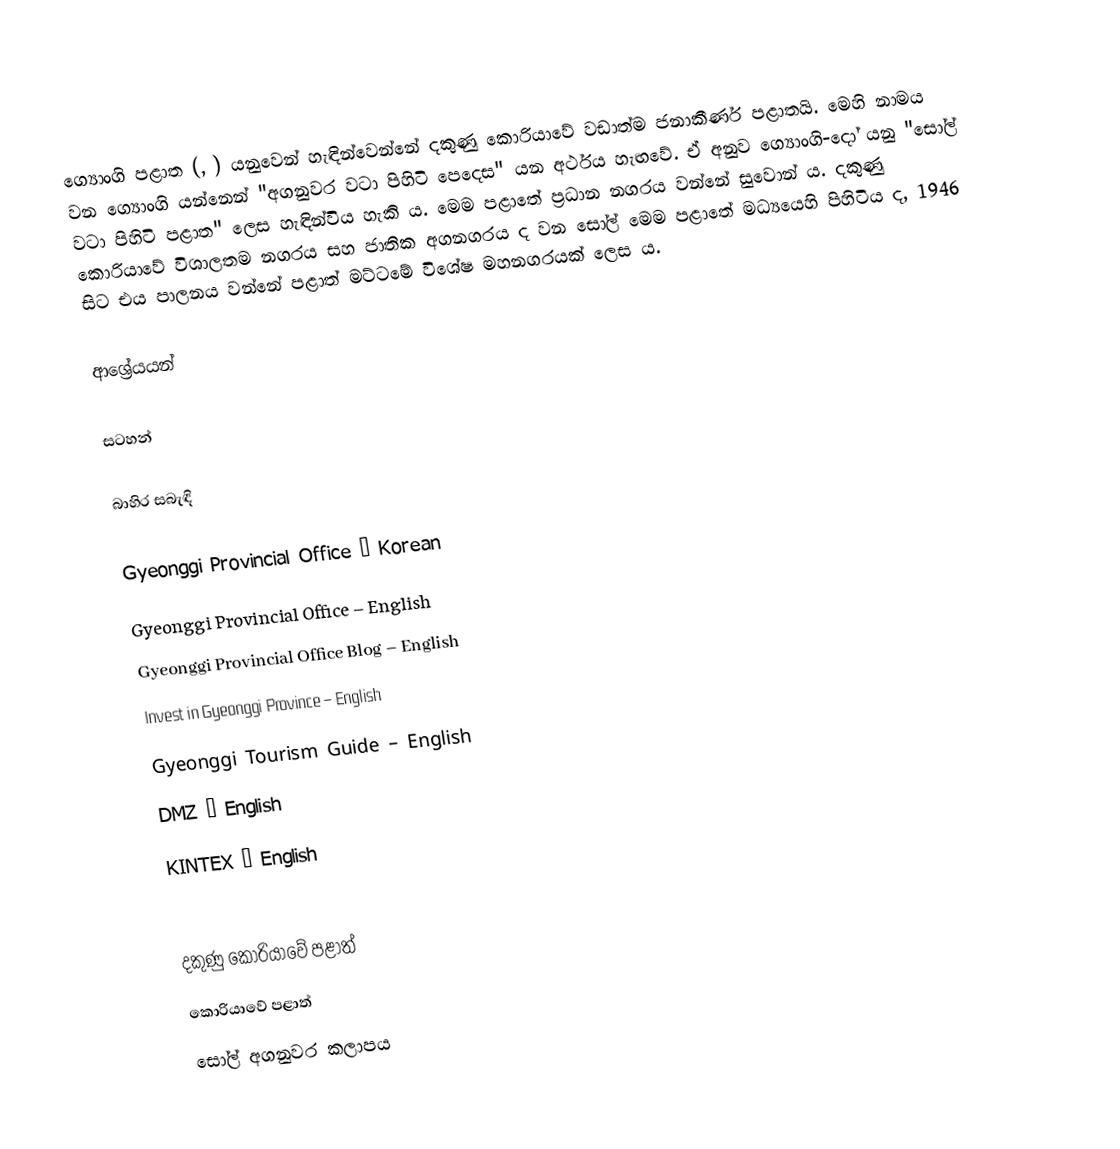
ග්‍යොංගි පළාත (, ) යනුවෙන් හැඳින්වෙන්නේ දකුණු කොරියාවේ වඩාත්ම ජනාකීර්ණ පළාතයි. මෙහි නාමය වන ග්‍යොංගි යන්නෙන් "අගනුවර වටා පිහිටි පෙදෙස" යන අර්ථය හැඟවේ. ඒ අනුව ග්‍යොංගි-දෝ යනු "සෝල් වටා පිහිටි පළාත" ලෙස හැඳින්විය හැකි ය. මෙම පළාතේ ප්‍රධාන නගරය වන්නේ සුවොන් ය. දකුණු කොරියාවේ විශාලතම නගරය සහ ජාතික අගනගරය ද වන සෝල් මෙම පළාතේ මධ්‍යයෙහි පිහිටිය ද, 1946 සිට එය පාලනය වන්නේ පළාත් මට්ටමේ විශේෂ මහනගරයක් ලෙස ය.

ආශ්‍රේයයන්

සටහන්

බාහිර සබැඳි

 Gyeonggi Provincial Office – Korean
 Gyeonggi Provincial Office – English
 Gyeonggi Provincial Office Blog – English
 Invest in Gyeonggi Province – English
 Gyeonggi Tourism Guide – English
 DMZ – English
 KINTEX – English

දකුණු කොරියාවේ පළාත්
කොරියාවේ පළාත්
සෝල් අගනුවර කලාපය